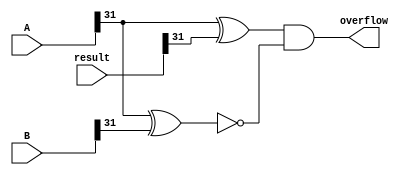
module overflow_checker(A,B, result, overflow);
    input[31:0] A,B, result; 
    output overflow; 
    
    wire msbA; 
    assign msbA = A[31];
    wire msbB; 
    assign msbB = B[31];

    wire msbResult; 
    assign msbResult = result[31]; 

    wire msbA_and_msbB, msbA_and_msbResult; 


    xnor msb_eq(msbA_and_msbB, msbA, msbB); 
    // a- 1,1 = 1; 

    // b- 0,0 = 1; 

    xor res_msb_eq(msbA_and_msbResult, msbA, msbResult); 
    // a- 1,0 = 1;

    // b- 0,1 =1; 

    and (overflow, msbA_and_msbResult, msbA_and_msbB); 
    // a- 1,1 = 1; 

    // b- 1,1 = 1; 


endmodule